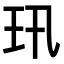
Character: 𤣲